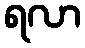
ရလာ